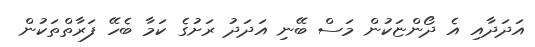
އަަދަދާއި އެ ދޯންޏަކުން މަސް ބޭނި އަދަދު ރަށުގެ ކަމާ ބެހޭ ފަރާތްތަކުން